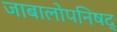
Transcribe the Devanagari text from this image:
जाबालोपनिषद्